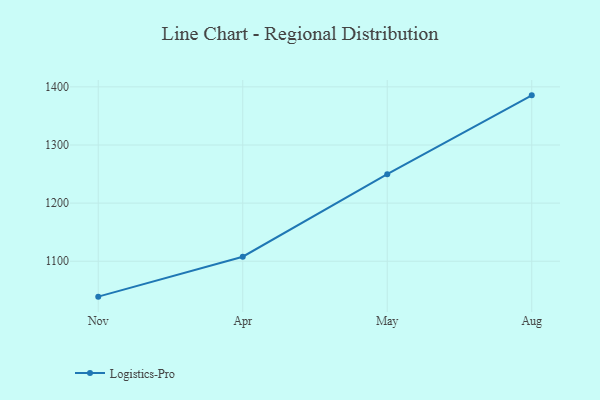
{"axis": {"x": "Month", "y": "Conversion Rate (%)"}, "legend": ["Logistics-Pro"], "data": [{"x": "Nov", "y": 1039.1, "type": "Logistics-Pro"}, {"x": "Apr", "y": 1107.8, "type": "Logistics-Pro"}, {"x": "May", "y": 1249.7, "type": "Logistics-Pro"}, {"x": "Aug", "y": 1385.4, "type": "Logistics-Pro"}]}